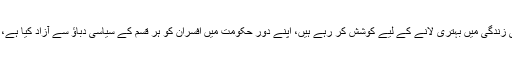
اس موقع پر وزیراعظم کا کہنا تھا کہغریب آدمی کی زندگی میں بہتری لانے کے لیے کوشش کر رہے ہیں، اپنے دور حکومت میں افسران کو ہر قسم کے سیاسی دباؤ سے آزاد کیا ہے، غریب کو طاقتور کے خلاف تحفظ فراہم کریں گے۔